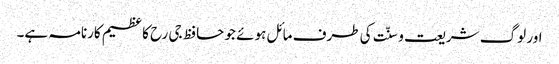
اور لوگ شریعت و سنّت کی طرف مائل ہوئے جو حافظ جی رح کا عظیم کارنامہ ہے۔